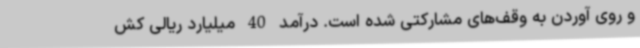
و روی آوردن به وقف‌های مشارکتی شده است. درآمد 40 میلیارد ریالی کش